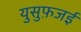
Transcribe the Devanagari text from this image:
युसुफ़जई